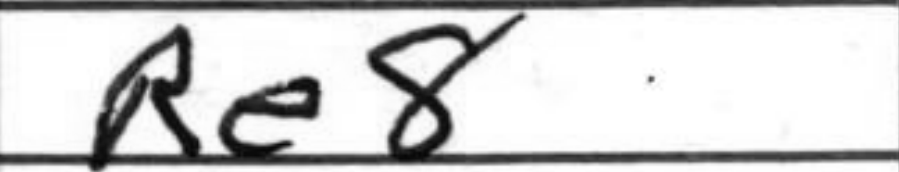
Transcription: Re8